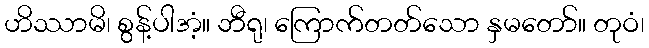
ဟိဿာမိ၊ စွန့်ပါအံ့။ ဘီရု၊ ကြောက်တတ်သော နှမတော်။ တုဝံ၊